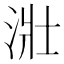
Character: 𣴣